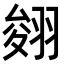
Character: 𦑂